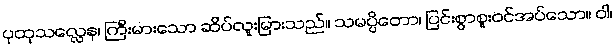
ပုထုသလ္လေန၊ ကြီးမားသော ဆိပ်လူးမြားသည်။ သမပ္ပိတော၊ ပြင်းစွာစူးဝင်အပ်သော။ ဝါ၊